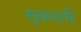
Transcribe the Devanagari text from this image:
सुबलारि